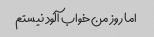
اما روز من خواب آلود نیستم